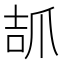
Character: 𤔎